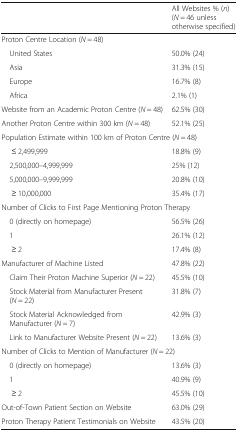
<table><thead><tr><td></td><td><b>All Websites % (<i>n</i>)(<i>N</i> = 46 unless otherwise specified)</b></td></tr></thead><tbody><tr><td colspan="2">Proton Centre Location (<i>N</i> = 48)</td></tr><tr><td> United States</td><td>50.0% (24)</td></tr><tr><td> Asia</td><td>31.3% (15)</td></tr><tr><td> Europe</td><td>16.7% (8)</td></tr><tr><td> Africa</td><td>2.1% (1)</td></tr><tr><td>Website from an Academic Proton Centre (<i>N</i> = 48)</td><td>62.5% (30)</td></tr><tr><td>Another Proton Centre within 300 km (<i>N</i> = 48)</td><td>52.1% (25)</td></tr><tr><td colspan="2">Population Estimate within 100 km of Proton Centre (<i>N</i> = 48)</td></tr><tr><td>≤ 2,499,999</td><td>18.8% (9)</td></tr><tr><td> 2,500,000–4,999,999</td><td>25% (12)</td></tr><tr><td> 5,000,000–9,999,999</td><td>20.8% (10)</td></tr><tr><td>≥ 10,000,000</td><td>35.4% (17)</td></tr><tr><td colspan="2">Number of Clicks to First Page Mentioning Proton Therapy</td></tr><tr><td> 0 (directly on homepage)</td><td>56.5% (26)</td></tr><tr><td> 1</td><td>26.1% (12)</td></tr><tr><td>≥ 2</td><td>17.4% (8)</td></tr><tr><td>Manufacturer of Machine Listed</td><td>47.8% (22)</td></tr><tr><td> Claim Their Proton Machine Superior (<i>N</i> = 22)</td><td>45.5% (10)</td></tr><tr><td> Stock Material from Manufacturer Present (<i>N</i> = 22)</td><td>31.8% (7)</td></tr><tr><td> Stock Material Acknowledged from Manufacturer (<i>N</i> = 7)</td><td>42.9% (3)</td></tr><tr><td> Link to Manufacturer Website Present (<i>N</i> = 22)</td><td>13.6% (3)</td></tr><tr><td colspan="2">Number of Clicks to Mention of Manufacturer (<i>N</i> = 22)</td></tr><tr><td> 0 (directly on homepage)</td><td>13.6% (3)</td></tr><tr><td> 1</td><td>40.9% (9)</td></tr><tr><td>≥ 2</td><td>45.5% (10)</td></tr><tr><td>Out-of-Town Patient Section on Website</td><td>63.0% (29)</td></tr><tr><td>Proton Therapy Patient Testimonials on Website</td><td>43.5% (20)</td></tr></tbody></table>